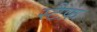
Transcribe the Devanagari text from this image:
स्टैफ़